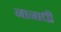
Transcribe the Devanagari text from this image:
नानाधी